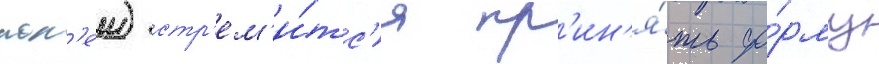
пол'еи) стр'ем'и́тс'я пр'ин'я́ть фо́рму